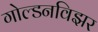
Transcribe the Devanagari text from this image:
गोल्डनविझर